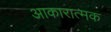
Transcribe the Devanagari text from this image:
आकारात्मक